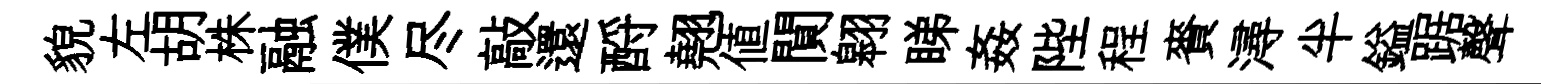
貌左胡株融僕尽敲還酹翹值閴翱睇姦陛程賚潯半鎰踞聲